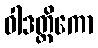
ဝါဒတ္ထိကော